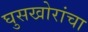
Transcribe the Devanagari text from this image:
घुसखोरांचा